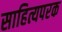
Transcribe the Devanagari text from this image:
साहित्यपरक